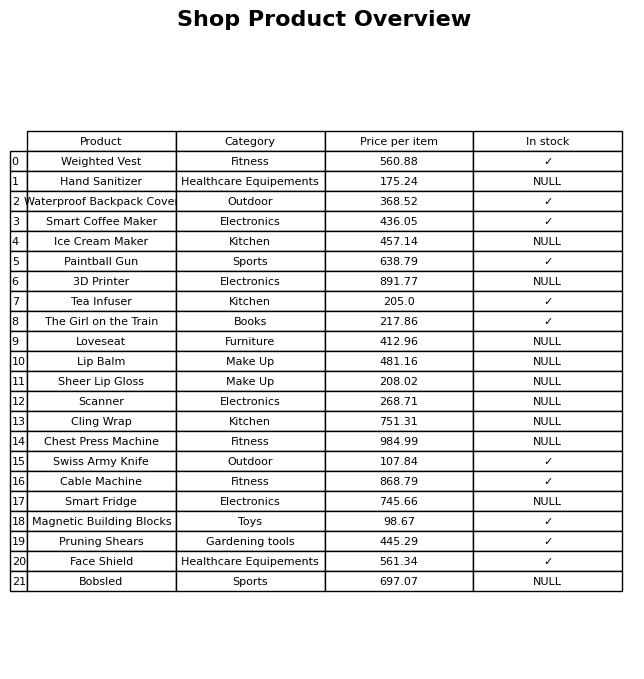
question: What is the price for Lip Balm?
answer: The price of Lip Balm is 481.16.